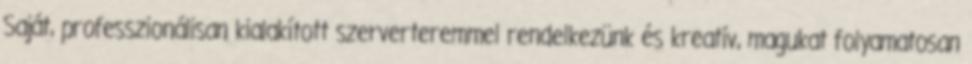
Saját, professzionálisan kialakított szerverteremmel rendelkezünk és kreatív, magukat folyamatosan